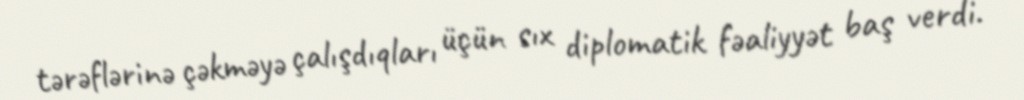
tərəflərinə çəkməyə çalışdıqları üçün sıx diplomatik fəaliyyət baş verdi.